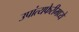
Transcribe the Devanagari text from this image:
उपांत्यफेरीमध्ये